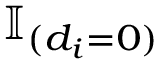
\mathbb { I } _ { ( d _ { i } = 0 ) }